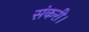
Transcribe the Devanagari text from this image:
संकरी।